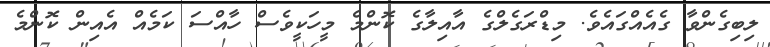
ލިބިގެންވާ ގެއެއްގައެވެ. މިޑްރަގެލްގެ އާއިލާގެ ކޮންމެ މީހަކީވެސް ހާއްސަ ކަމެއް އެއިން ކޮންމެ